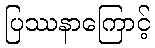
ပြဿနာကြောင့်